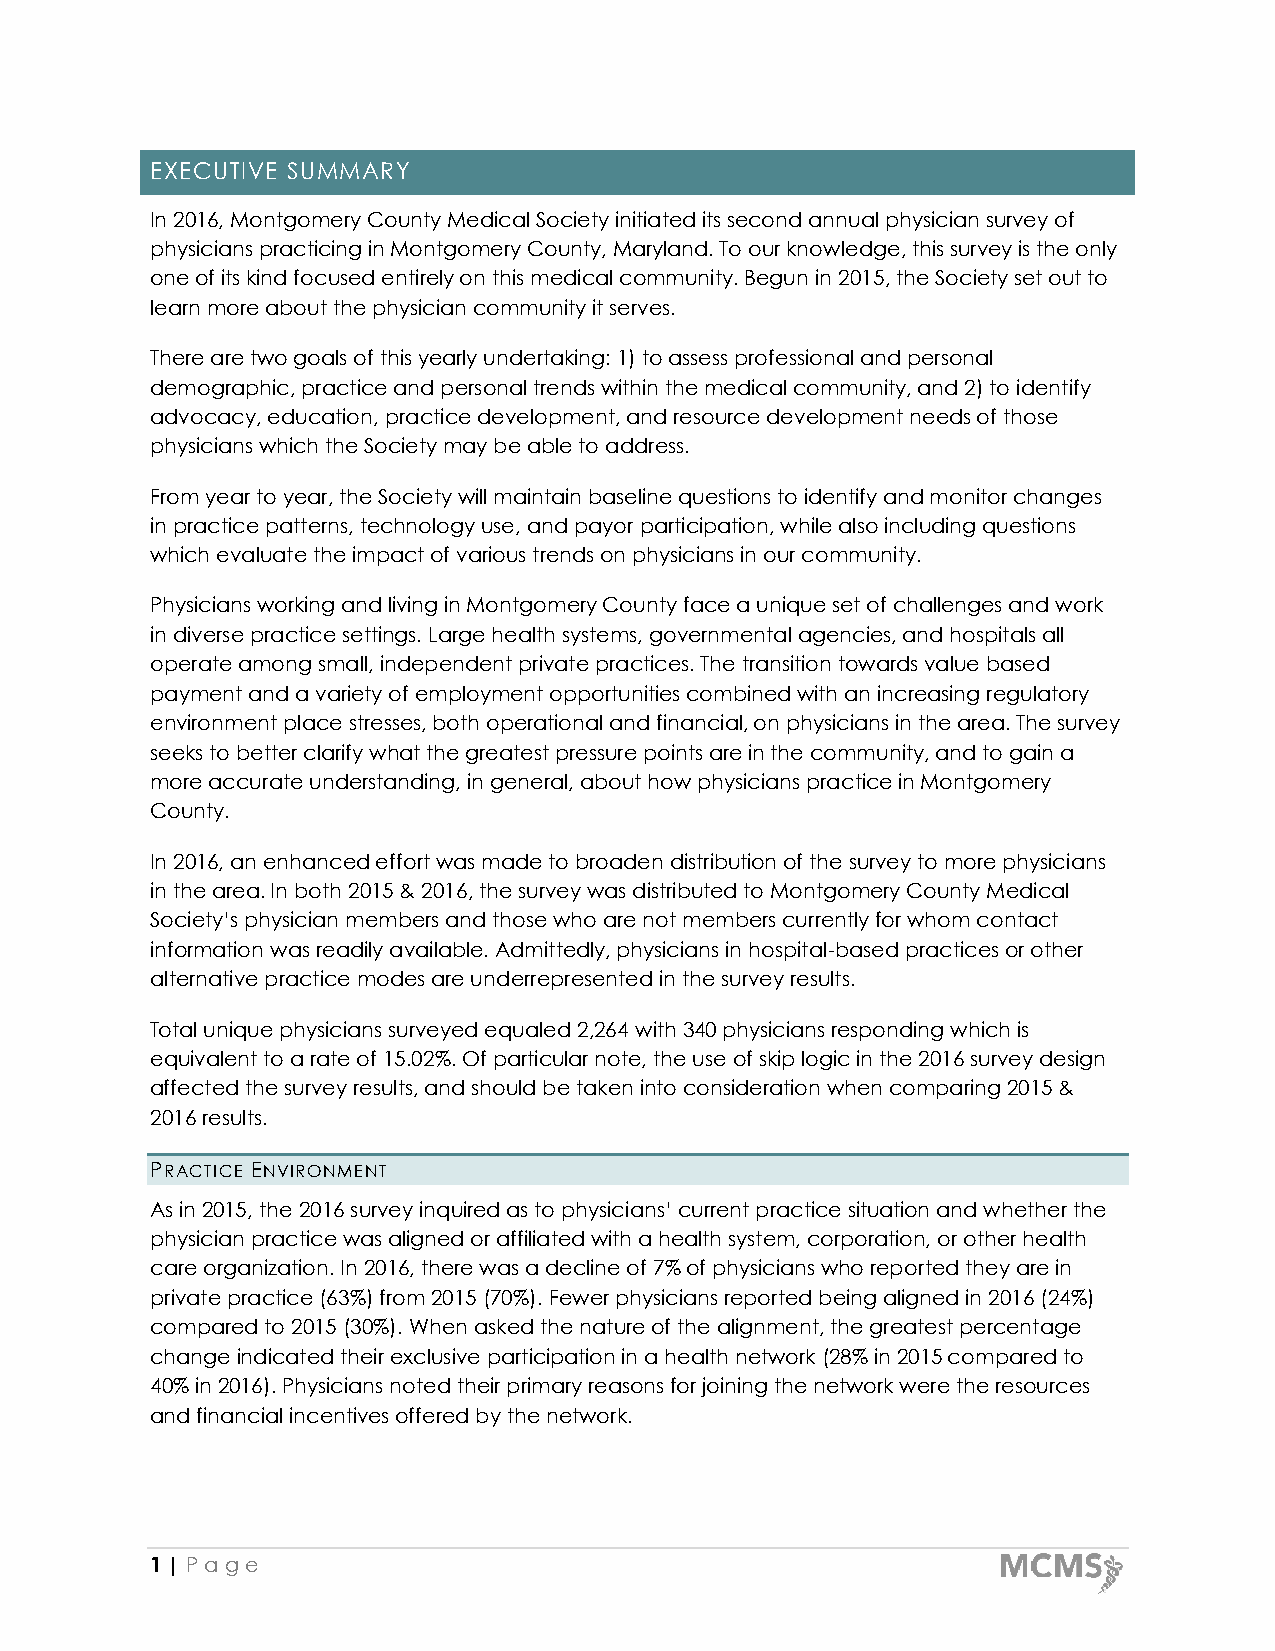
EXECUTIVE SUMMARY
 In 2016, Montgomery County Medical Society initiated its second annual physician survey of
 physicians practicing in Montgomery County, Maryland. To our knowledge, this survey is the only
 one of its kind focused entirely on this medical community. Begun in 2015, the Society set out to
 learn more about the physician community it serves.
 There are two goals of this yearly undertaking: 1) to assess professional and personal
 demographic, practice and personal trends within the medical community, and 2) to identify
 advocacy, education, practice development, and resource development needs of those
 physicians which the Society may be able to address.
 From year to year, the Society will maintain baseline questions to identify and monitor changes
 in practice patterns, technology use, and payor participation, while also including questions
 which evaluate the impact of various trends on physicians in our community.
 Physicians working and living in Montgomery County face a unique set of challenges and work
 in diverse practice settings. Large health systems, governmental agencies, and hospitals all
 operate among small, independent private practices. The transition towards value based
 payment and a variety of employment opportunities combined with an increasing regulatory
 environment place stresses, both operational and financial, on physicians in the area. The survey
 seeks to better clarify what the greatest pressure points are in the community, and to gain a
 more accurate understanding, in general, about how physicians practice in Montgomery
 County.
 In 2016, an enhanced effort was made to broaden distribution of the survey to more physicians
 in the area. In both 2015 & 2016, the survey was distributed to Montgomery County Medical
 Society’s physician members and those who are not members currently for whom contact
 information was readily available. Admittedly, physicians in hospital-based practices or other
 alternative practice modes are underrepresented in the survey results.
 Total unique physicians surveyed equaled 2,264 with 340 physicians responding which is
 equivalent to a rate of 15.02%. Of particular note, the use of skip logic in the 2016 survey design
 affected the survey results, and should be taken into consideration when comparing 2015 &
 2016 results.
 PRACTICE ENVIRONMENT
 As in 2015, the 2016 survey inquired as to physicians’ current practice situation and whether the
 physician practice was aligned or affiliated with a health system, corporation, or other health
 care organization. In 2016, there was a decline of 7% of physicians who reported they are in
 private practice (63%) from 2015 (70%). Fewer physicians reported being aligned in 2016 (24%)
 compared to 2015 (30%). When asked the nature of the alignment, the greatest percentage
 change indicated their exclusive participation in a health network (28% in 2015 compared to
 40% in 2016). Physicians noted their primary reasons for joining the network were the resources
 and financial incentives offered by the network.
 1 | Pa g e